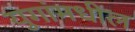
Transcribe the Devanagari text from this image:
युगांमधील